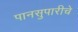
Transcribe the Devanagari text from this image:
पानसुपारीचे